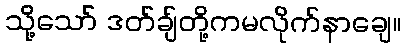
သို့သော် ဒတ်ချ်တို့ကမလိုက်နာချေ။